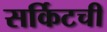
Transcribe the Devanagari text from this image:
सर्किटची